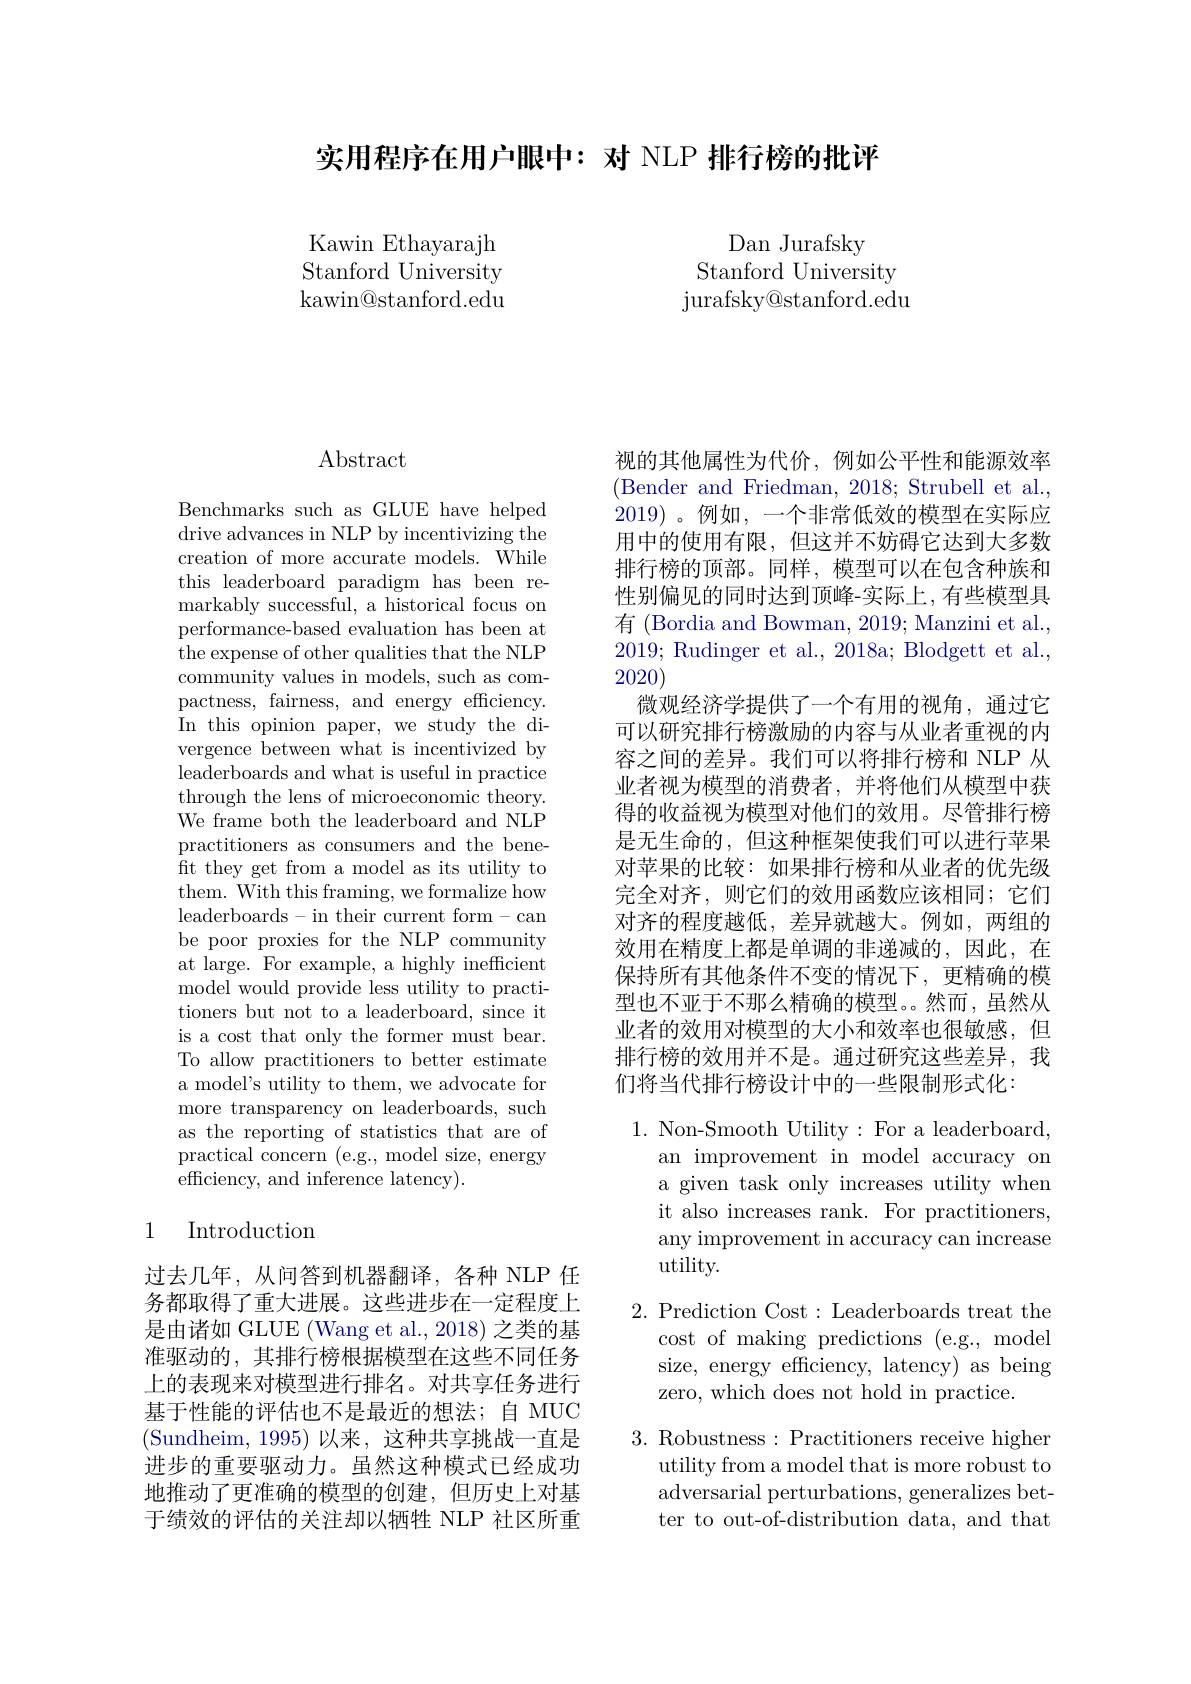
实用程序在用户眼中：对 NLP 排行榜的批评

Kawin Ethayarajh Stanford University $\operatorname{kawin@stanford.edu}$

Dan Jurafsky
Stanford University ${\mathrm{jurafsky@stanford.edu}}$

# Abstract

Benchmarks such as GLUE have helped drive advances in NLP by incentivizing the creation of more accurate models. While this leaderboard paradigm has been remarkably successful, a historical focus on performance-based evaluation has been at the expense of other qualities that the NLP community values in models, such as compactness, fairness, and energy efficiency. In this opinion paper, we study the divergence between what is incentivized by leaderboards and what is useful in practice through the lens of microeconomic theory. We frame both the leaderboard and NLP practitioners as consumers and the beneft they get from a model as its utility to them. With this framing, we formalize how leaderboards-in their current form-can be poor proxies for the NLP community at large. For example, a highly inefficient model would provide less utility to practitioners but not to a leaderboard, since it is a cost that only the former must bear. To allow practitioners to better estimate a model's utility to them, we advocate for more transparency on leaderboards, such as the reporting of statistics that are of practical concern (e.g., model size, energy ${\mathrm{efficiency,~and~inference~latency).}}$

## 1 Introduction

过去几年，从问答到机器翻译，各种 NLP 任务都取得了重大进展。这些进步在一定程度上是由诸如 GLUE (Wang et al., 2018) 之类的基准驱动的，其排行榜根据模型在这些不同任务上的表现来对模型进行排名。对共享任务进行基于性能的评估也不是最近的想法；自 MUC (Sundheim,1995)以来，这种共享挑战一直是进步的重要驱动力。虽然这种模式已经成功地推动了更准确的模型的创建，但历史上对基于绩效的评估的关注却以牺牲 NLP 社区所重

视的其他属性为代价，例如公平性和能源效率(Bender and Friedman, 2018; Strubell et al. 2019)。例如，一个非常低效的模型在实际应用中的使用有限，但这并不妨碍它达到大多数排行榜的顶部。同样，模型可以在包含种族和性别偏见的同时达到顶峰-实际上，有些模型具有 (Bordia and Bowman, 2019; Manzini et al. 2019; Rudinger et al., 2018a; Blodgett et al., 2020)
微观经济学提供了一个有用的视角，通过它可以研究排行榜激励的内容与从业者重视的内容之间的差异。我们可以将排行榜和 NLP 从业者视为模型的消费者，并将他们从模型中获得的收益视为模型对他们的效用。尽管排行榜是无生命的，但这种框架使我们可以进行苹果对苹果的比较：如果排行榜和从业者的优先级完全对齐，则它们的效用函数应该相同；它们对齐的程度越低，差异就越大。例如，两组的效用在精度上都是单调的非递减的，因此，在保持所有其他条件不变的情况下，更精确的模型也不亚于不那么精确的模型。然而，虽然从业者的效用对模型的大小和效率也很敏感，但排行榜的效用并不是。通过研究这些差异，我们将当代排行榜设计中的一些限制形式化：

1. Non-Smooth Utility: For a leaderboard,
an improvement in model accuracy on a given task only increases utility when it also increases rank. For practitioners, any improvement in accuracy can increase utility.

2. Prediction Cost: Leaderboards treat the
cost of making predictions (e.g., model size, energy efficiency, latency) as being zero, which does not hold in practice.

3. Robustness:Practitioners receive higher
utility from a model that is more robust to adversarial perturbations, generalizes better to out-of-distribution data, and that